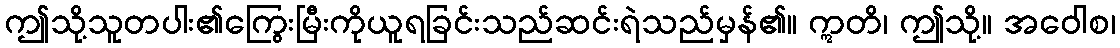
ဤသို့သူတပါး၏ကြွေးမြီးကိုယူရခြင်းသည်ဆင်းရဲသည်မှန်၏။ ဣတိ၊ ဤသို့။ အဝေါစ၊